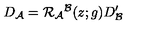
D _ { { \cal A } } = { \cal R } _ { { \cal A } } { } ^ { { \cal B } } ( z ; g ) D _ { { \cal B } } ^ { \prime }